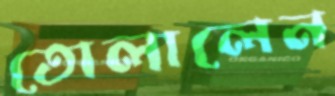
তোলালেন